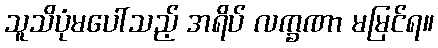
သူသိပုံမပေါ်သည့် အရိပ် လက္ခဏာ မမြင်ရ။